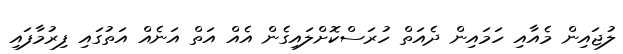
ލުޖައިން މެއާއި ހަމައިން ދެއަތް ހުރަސްކޮށްލައިގެން އެއް އަތް އަނެއް އަތުގައި ފިރުމާފައި